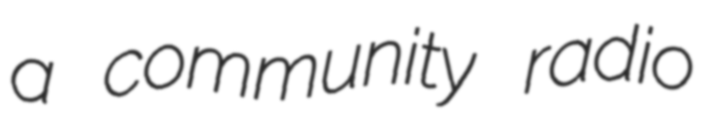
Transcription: a community radio